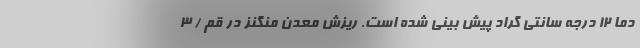
دما ۱۲ درجه سانتی گراد پیش بینی شده است. ریزش معدن منگنز در قم / 3